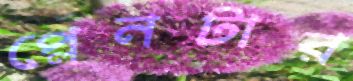
প্লেনটার